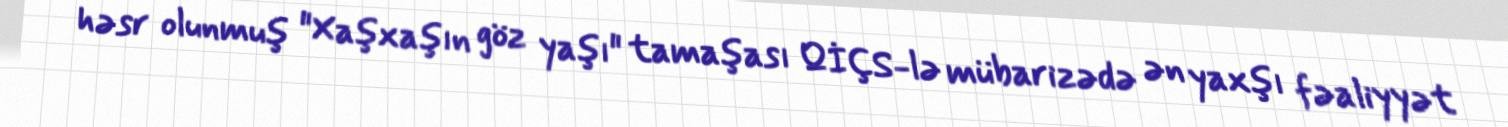
həsr olunmuş "Xaşxaşın göz yaşı" tamaşası QİÇS-lə mübarizədə ən yaxşı fəaliyyət